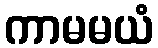
ကာမမယံ